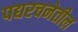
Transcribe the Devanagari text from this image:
पद्यरचनेतील